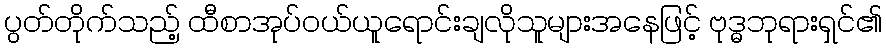
ပွတ်တိုက်သည့် ထီစာအုပ်ဝယ်ယူရောင်းချလိုသူများအနေဖြင့် ဗုဒ္ဓဘုရားရှင်၏